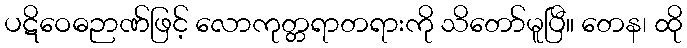
ပဋိဝေဓဉာဏ်ဖြင့် လောကုတ္တရာတရားကို သိတော်မူပြီ။ တေန၊ ထို